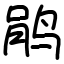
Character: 鹃